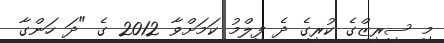
މި ސީރީޒްގެ ކުރީގެ ދެ ފިލްމު ކަމަށްވާ 2012 ގެ "ދަ ހަންގާ